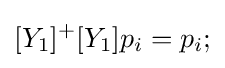
[Y_{1}]^{+}[Y_{1}]p_{i}=p_{i};